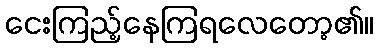
ငေးကြည့်နေကြရလေတော့၏။